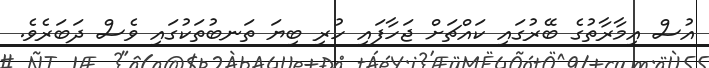
އުސް އިމާރާތުގެ ބޭރުގައި ކައްޗަށް ޖަހާފައި ހުރި ބިޔަ ތަނބުތަކުގައި ވެސް ދަބަރެވެ.